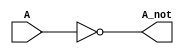
`timescale 1ns / 1ps
//////////////////////////////////////////////////////////////////////////////////
// Company: 
// Engineer: 
// 
// Design Name: 
// Module Name: inverter
// Project Name: 
// Target Devices: 
// Tool Versions: 
// Description: 
// 
// Dependencies: 
// 
// Revision:
// Revision 0.01 - File Created
// Additional Comments:
// 
//////////////////////////////////////////////////////////////////////////////////


module inverter( A, A_not);

//port dimensions (input or output?)
input A;
output A_not;

//logic  ( verilog description
not not1 (A_not,A);
endmodule